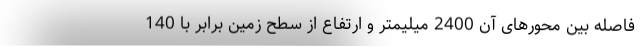
فاصله بین محورهای آن 2400 میلیمتر و ارتفاع از سطح زمین برابر با 140